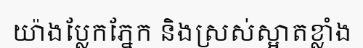
យ៉ាងប្លែកភ្នែក និងស្រស់ស្អាតខ្លាំង